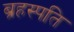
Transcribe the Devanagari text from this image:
ब्रहस्पति